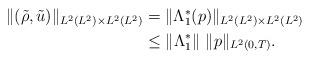
LaTeX: \begin{align*}\begin{aligned}\|(\tilde{\rho},\tilde{u})\|_{L^2(L^2)\times L^2(L^2)} &=\|\Lambda_1^*(p)\|_{L^2(L^2)\times L^2(L^2)}\\&\leq \|\Lambda_1^*\| \ \|p\|_{L^2(0,T)}.\end{aligned}\end{align*}